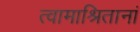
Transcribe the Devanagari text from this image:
त्वामाश्रितानां